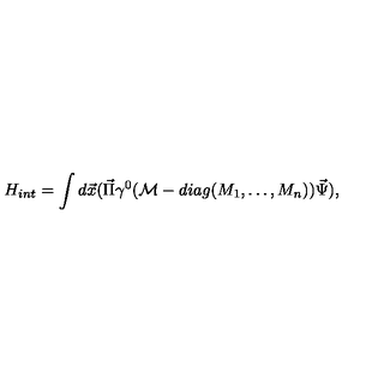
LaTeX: H _ { i n t } = \int d \vec { x } ( \vec { \Pi } \gamma ^ { 0 } ( { \cal M } - d i a g ( M _ { 1 } , \ldots , M _ { n } ) ) \vec { \Psi } ) ,